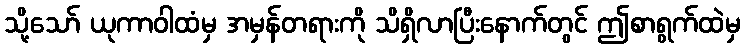
သို့သော် ယုကာဝါထံမှ အမှန်တရားကို သိရှိလာပြီးနောက်တွင် ဤစာရွက်ထဲမှ